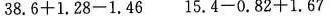
38.6+1.28-1.46 15.4-0.82+1.67